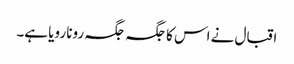
اقبال نے اس کا جگہ جگہ رونا رویا ہے۔